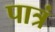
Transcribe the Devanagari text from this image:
पात्रं